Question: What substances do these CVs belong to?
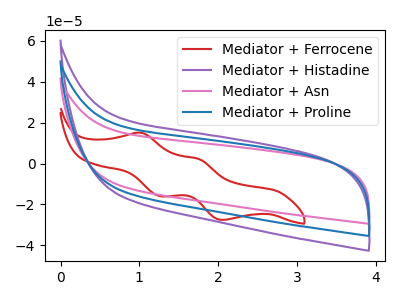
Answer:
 <answer>The red curve is labeled "Mediator + Ferrocene". The purple curve is labeled "Mediator + Histadine". The pink curve is labeled "Mediator + Asn". The blue curve is labeled "Mediator + Proline".</answer>
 <eval></eval>